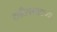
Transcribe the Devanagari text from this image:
काठियावाडच्या